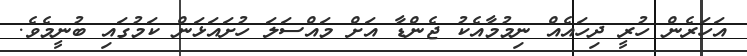
އަހަރެން ހުރީ ދިހައެއް ނިމުމާއެކު ޖެންޑާ އަށް މައްސަލަ ހުށައަޅަން ކަމުގައި ބުނީމެވެ.